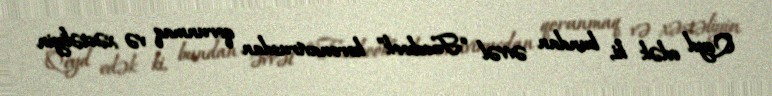
Qeyd edək ki, bundan əvvəl “Facebook” koronavirusdan qorunmaq və xəstəliyin